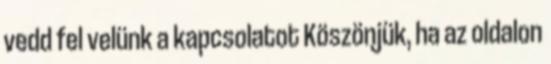
vedd fel velünk a kapcsolatot Köszönjük, ha az oldalon